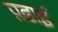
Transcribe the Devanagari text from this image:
प़ढाई